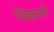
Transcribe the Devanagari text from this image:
जिब्रानने